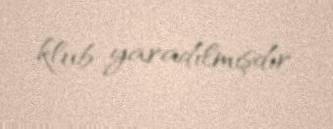
klub yaradılmışdır.